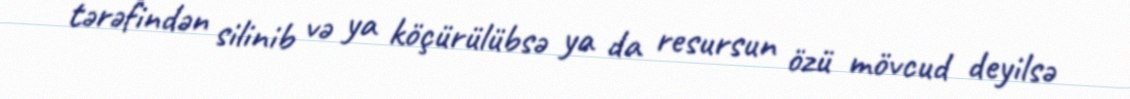
tərəfindən silinib və ya köçürülübsə ya da resursun özü mövcud deyilsə